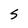
Character: S